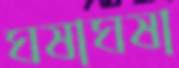
ঘষাঘষা